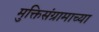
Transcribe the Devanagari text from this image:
मुक्तिसंग्रामाच्या